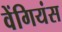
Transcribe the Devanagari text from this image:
वेंगियंस